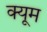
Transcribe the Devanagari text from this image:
क्यूम